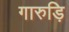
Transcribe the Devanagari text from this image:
गारुड़ि